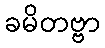
ခမိတဗ္ဗာ